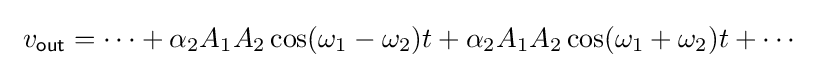
\ v_{\mathsf {out}}=\cdots +\alpha _{2}A_{1}A_{2}\cos(\omega _{1}-\omega _{2})t+\alpha _{2}A_{1}A_{2}\cos(\omega _{1}+\omega _{2})t+\cdots \